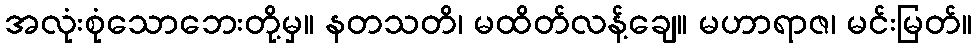
အလုံးစုံသောဘေးတို့မှ။ နတသတိ၊ မထိတ်လန့်ချေ။ မဟာရာဇ၊ မင်းမြတ်။